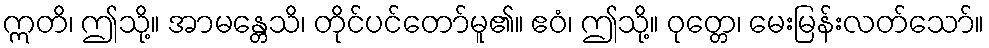
ဣတိ၊ ဤသို့။ အာမန္တေသိ၊ တိုင်ပင်တော်မူ၏။ ဧဝံ၊ ဤသို့။ ဝုတ္တေ၊ မေးမြန်းလတ်သော်။